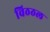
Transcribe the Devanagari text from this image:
विठठल